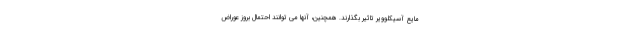
مایع آسیکلوویر تاثیر بگذارند. همچنین، آنها می توانند احتمال بروز عوراض